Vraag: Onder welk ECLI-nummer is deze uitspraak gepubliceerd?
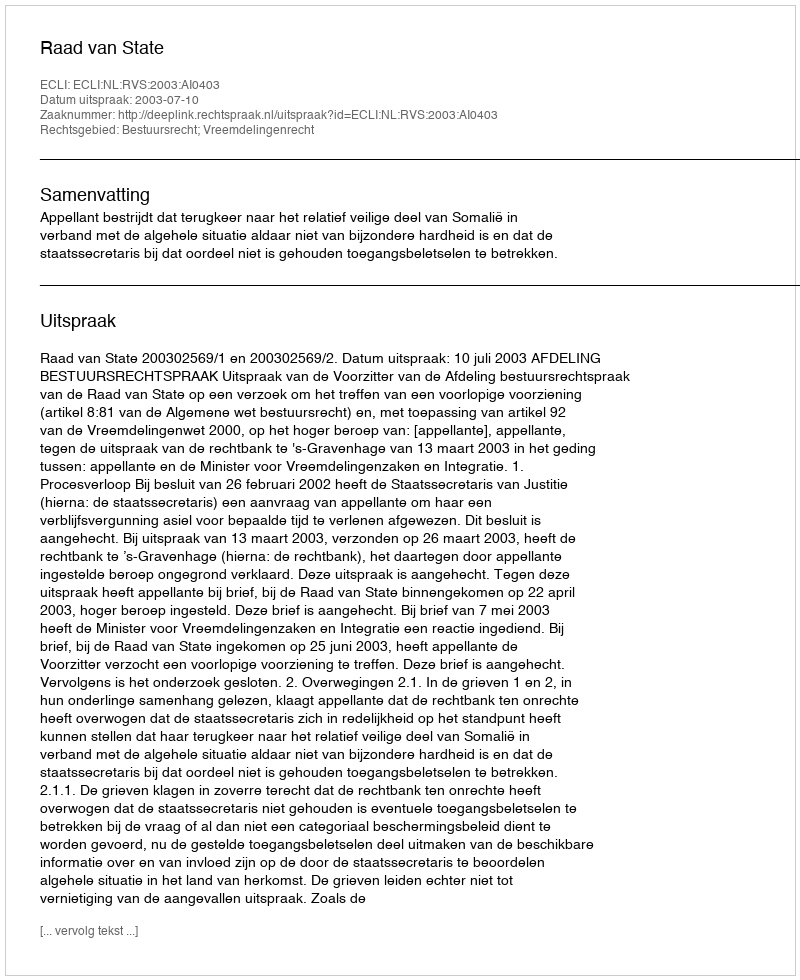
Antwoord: ECLI:NL:RVS:2003:AI0403